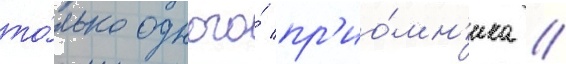
то́лько одного́ пр'ио́мн'ика //